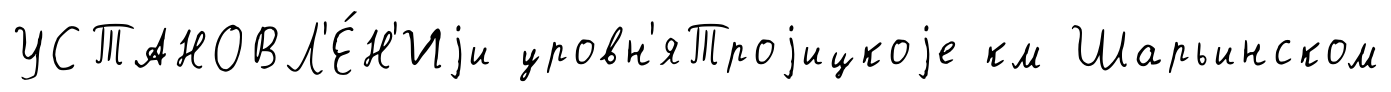
УСТАНОВЛ'Е́Н'Иjи уровн'яТроjицкоjе км Шарьинском